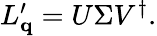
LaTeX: \begin{array}{r}{L_{\mathbf q}^{\prime}=U\Sigma V^{\dagger}.}\end{array}